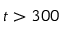
t > 3 0 0